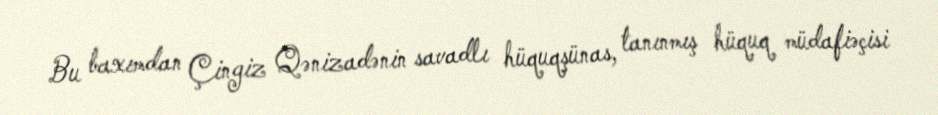
Bu baxımdan Çingiz Qənizadənin savadlı hüquqşünas, tanınmış hüquq müdafiəçisi